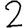
Digit: 2